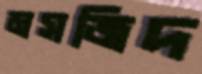
মসজিদ